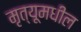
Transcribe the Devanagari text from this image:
मृत्यूमधील